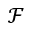
\mathcal { F }